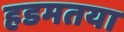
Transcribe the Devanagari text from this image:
हडमतया